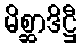
မိစ္ဆာဒိဋ္ဌီ